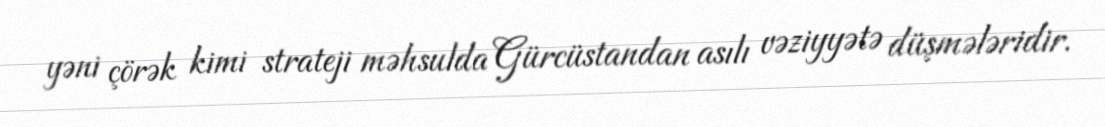
yəni çörək kimi strateji məhsulda Gürcüstandan asılı vəziyyətə düşmələridir.